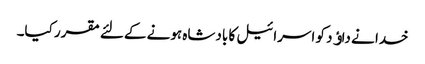
خدا نے داﺅد کو اسرائیل کا بادشاہ ہونے کےلئے مقرر کیا۔